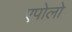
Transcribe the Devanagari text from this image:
एपोलो